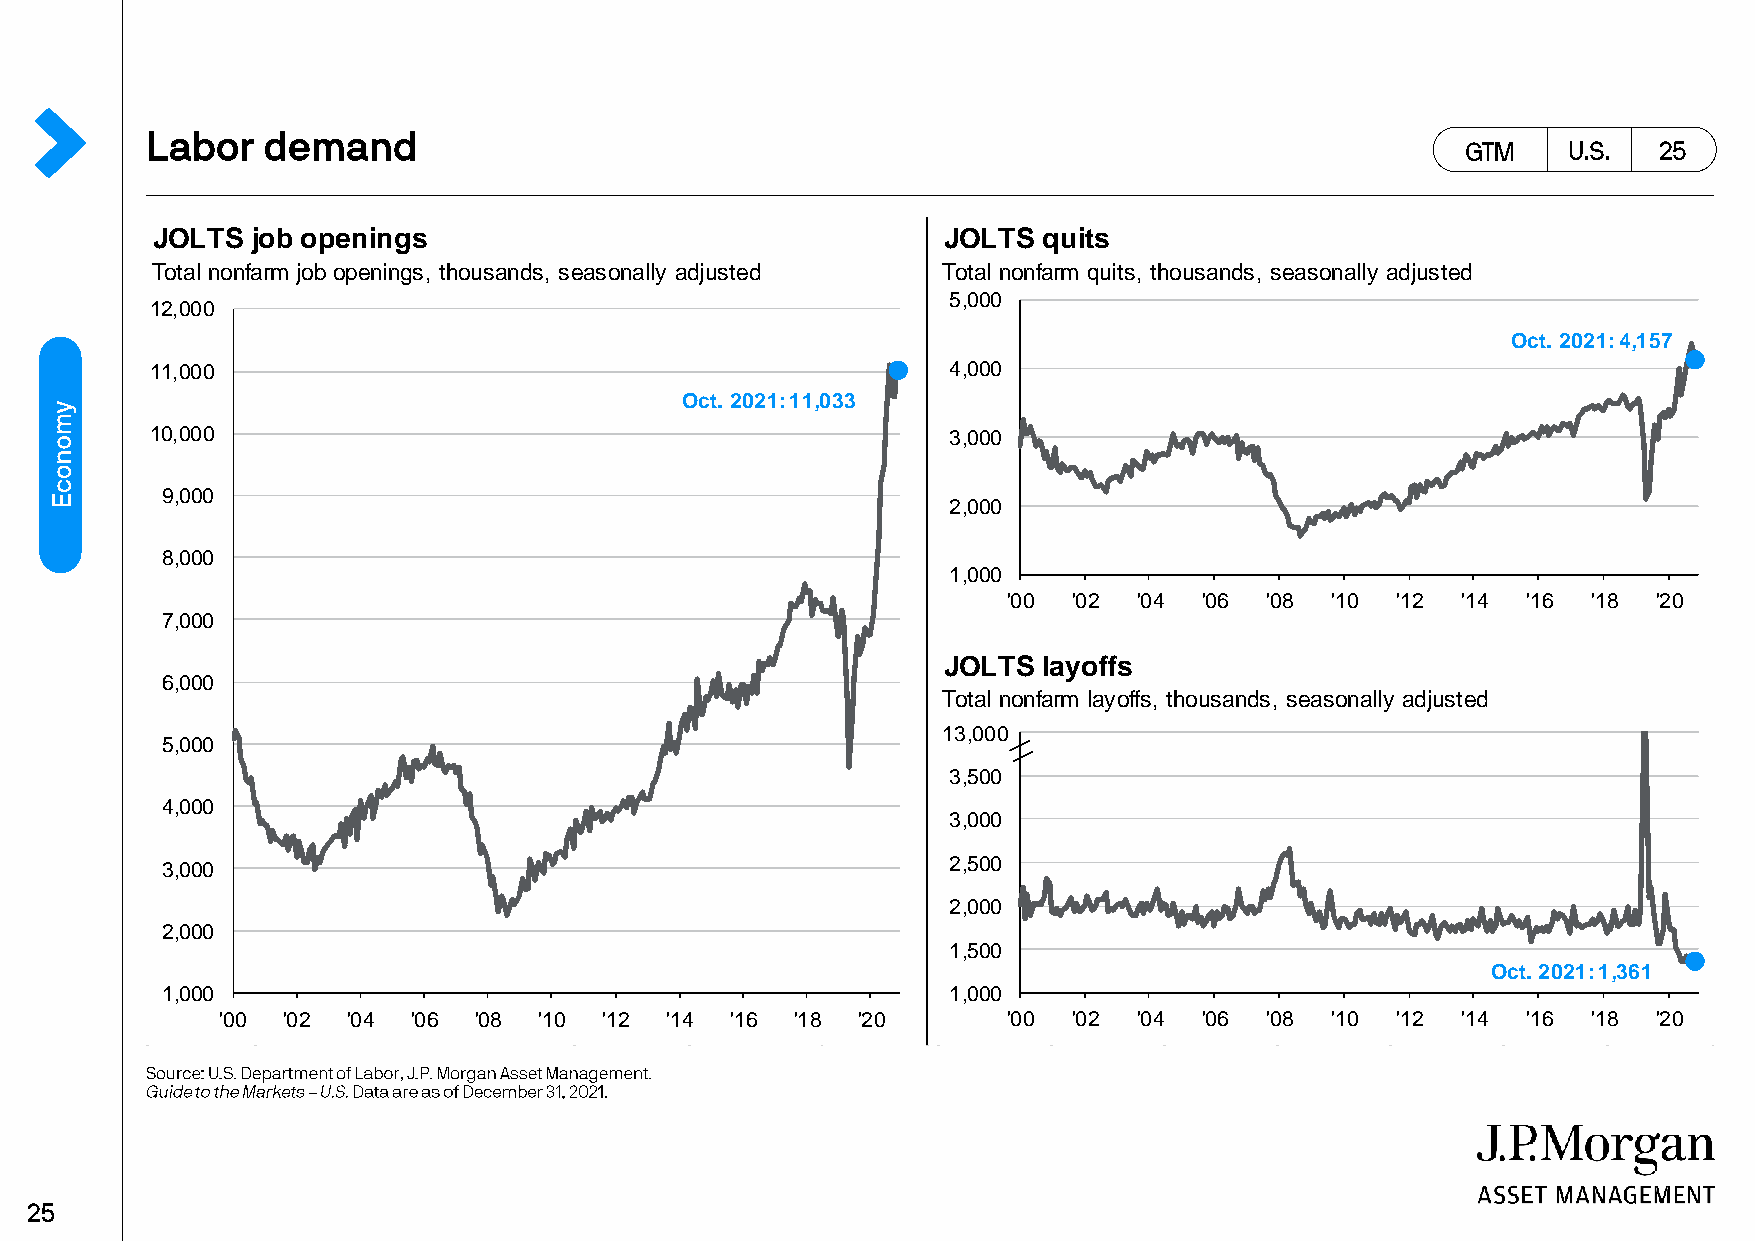
JOLTS  job openings                                 JOLTS  quits
 Total nonfarm job openings, thousands, seasonally adjusted Total nonfarm quits, thousands, seasonally adjusted
 5,000
 12,000
 Oct. 2021: 4,157
 11,000                                               4,000
 Oct. 2021: 11,033
 10,000                                               3,000
 9,000
 2,000
 8,000
 1,000
 '00 '02 '04  '06 '08 '10 '12  '14 '16 '18  '20
 7,000
 JOLTS  layoffs
 6,000
 Total nonfarm layoffs, thousands, seasonally adjusted
 143,,000000
 5,000
 3,500
 4,000
 3,000
 3,000                                               2,500
 2,000
 2,000
 1,500
 Oct. 2021: 1,361
 1,000                                               1,000
 '00  '02 '04 '06 '08  '10 '12 '14 '16  '18 '20       '00 '02 '04  '06 '08 '10 '12  '14 '16 '18  '20